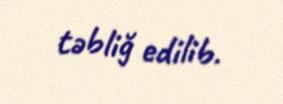
təbliğ edilib.